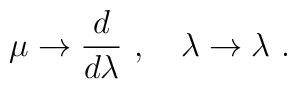
\mu \to \frac{d}{d\lambda} ~,\quad \lambda \to \lambda ~.